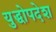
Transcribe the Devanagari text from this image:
युद्धोपदेश